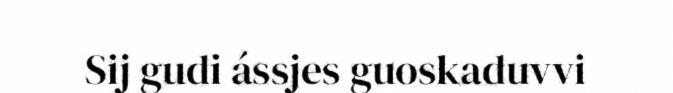
Sij gudi ássjes guoskaduvvi